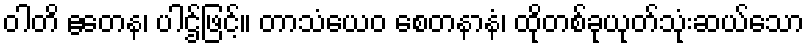
ဝါတိ ဧတေန၊ ပါဌ်ဖြင့်။ တာသံယေဝ စေတနာနံ၊ ထိုတစ်ခုယုတ်သုံးဆယ်သော